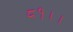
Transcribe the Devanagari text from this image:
८१।।